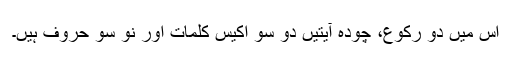
اس میں دو رکوع، چودہ آیتیں دو سو اکیس کلمات اور نو سو حروف ہیں۔